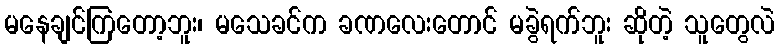
မနေချင်ကြတော့ဘူး၊ မသေခင်က ခဏလေးတောင် မခွဲရက်ဘူး ဆိုတဲ့ သူတွေလဲ